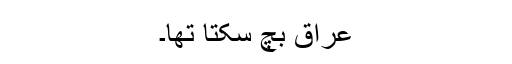
عراق بچ سکتا تھا۔